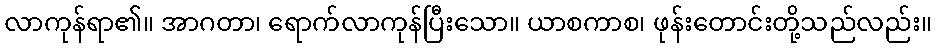
လာကုန်ရာ၏။ အာဂတာ၊ ရောက်လာကုန်ပြီးသော။ ယာစကာစ၊ ဖုန်းတောင်းတို့သည်လည်း။